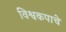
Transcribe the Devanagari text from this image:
विश्वकपाचे